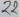
Text: 22